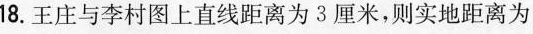
18.王庄与李村图上直线距离为3厘米，则实地距离为